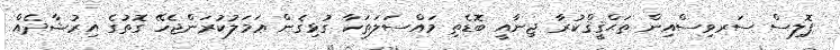
ޕޮލިސް ސަރވިސްއިން ތަޙްޤީޤްކުރާ ޖިނާއީ ބޮޑެތި މައްސަލަތަކާ ގުޅިގެން ޢަމަލުކުރަންޖެހޭ ގޮތުގެ އިރުޝާދެއް